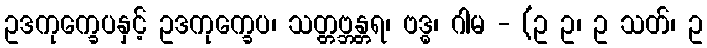
ဥဒကုက္ခေပနှင့် ဥဒကုက္ခေပ၊ သတ္တဗ္ဘန္တရ၊ ဗဒ္ဓ၊ ဂါမ - (ဥ ဥ၊ ဥ သတ်၊ ဥ